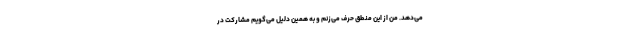
می‌دهد. من از این منطق حرف می‌زنم و به همین دلیل می‌گویم مشارکت در